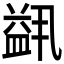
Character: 𬐭